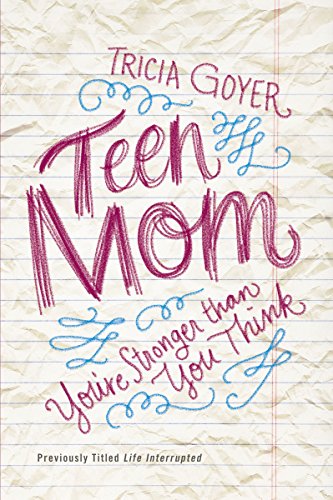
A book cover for Teen Mom: You're Stronger Than You Think; Tricia Goyer; Parenting & Relationships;